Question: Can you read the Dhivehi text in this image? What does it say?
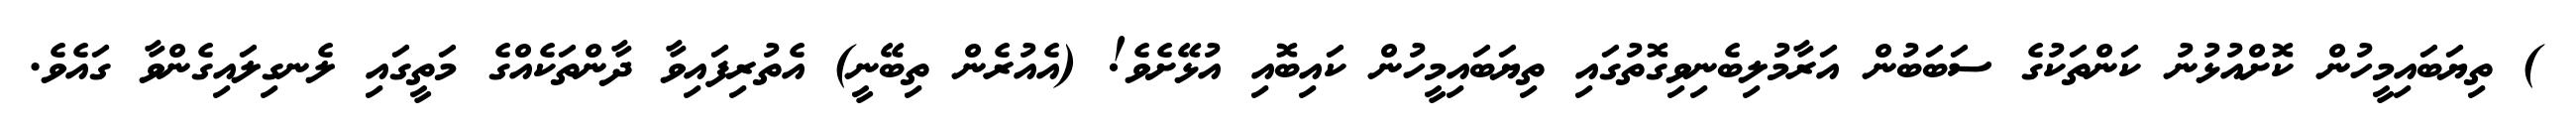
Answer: ) ތިޔަބައިމީހުން ކޮށްއުޅުނު ކަންތަކުގެ ސަބަބުން އަރާމުލިބެނިވިގޮތުގައި ތިޔަބައިމީހުން ކައިބޮއި އުޅޭށެވެ! (އެއުރެން ތިބޭނީ) އެތުރިފައިވާ ދާންތަކެއްގެ މަތީގައި ލެނގިލައިގެންވާ ގައެވެ.